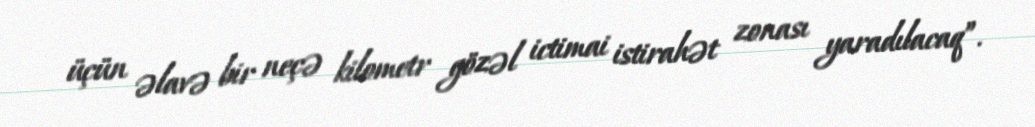
üçün əlavə bir neçə kilometr gözəl ictimai istirahət zonası yaradılacaq”.